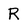
Character: R